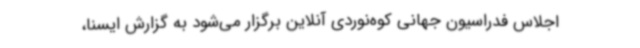
اجلاس فدراسیون جهانی کوه‌نوردی آنلاین برگزار می‌شود به گزارش ایسنا،